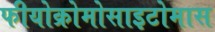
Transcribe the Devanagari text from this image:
फीयोक्रोमोसाइटोमास